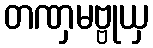
တဏှမဗ္ဗုယှ